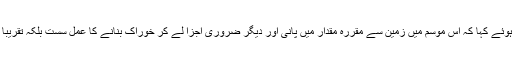
ماہر نباتات ڈاکٹرتہمینہ انجم نے موسم سرما کے درختوں پر اثر ات کی سائنسی وجہ بتاتے ہوئے کہا کہ اس موسم میں زمین سے مقررہ مقدار میں پانی اور دیگر ضروری اجزا لے کر خوراک بنانے کا عمل سست بلکہ تقریباً رک جاتا ہے اور پتے جھڑ جانے سے ہوا سے آکسیجن لینے کا عمل بھی سست ہوجاتا ہے ۔